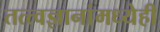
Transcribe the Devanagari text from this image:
तत्त्वज्ञानांमध्येही